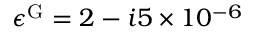
\epsilon ^ { \mathrm { G } } = 2 - i 5 \times 1 0 ^ { - 6 }